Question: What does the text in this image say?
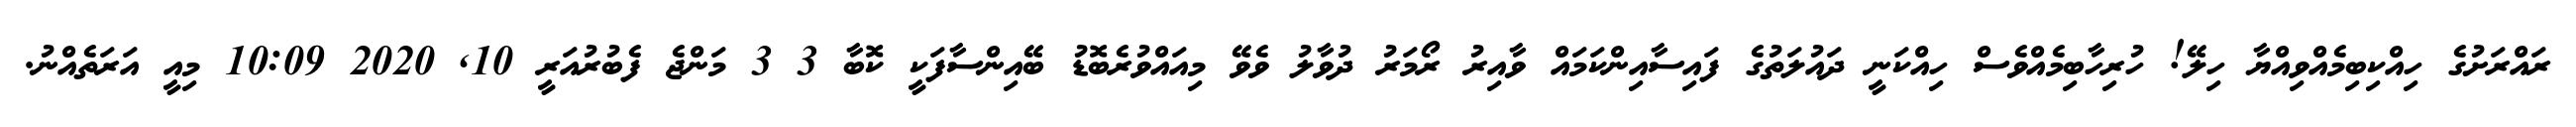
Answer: ރައްރަށުގެ ހިއްކިބިމެއްވިއްޔާ ހިލޭ! ހުރިހާބިމެއްވެސް ހިއްކަނީ ދައުލަތުގެ ފައިސާއިންކަމައް ވާއިރު ރޯމަރު ދުވާލު ވެވޭ މިއައްވުރެބޮޑު ބޭއިންސާފަކީ ކޮބާ 3 3 މަންޖެ ފެބުރުއަރީ 10, 2020 10:09 މިއީ އަރަތެއްނު.